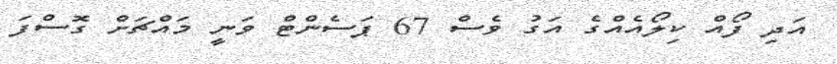
އަދި ފޯއް ކިލޯއެއްގެ އަގު ވެސް 67 ޕަސެންޓް ވަނީ މައްޗަށް ގޮސްފަ